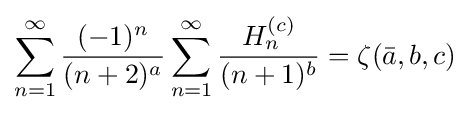
\sum _{n=1}^{\infty }{\frac {(-1)^{n}}{(n+2)^{a}}}\sum _{n=1}^{\infty }{\frac {H_{n}^{(c)}}{(n+1)^{b}}}=\zeta ({\bar {a}},b,c)